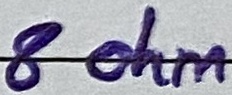
Text: 8 ohm